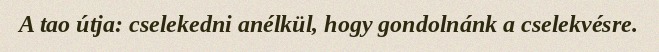
A tao útja: cselekedni anélkül, hogy gondolnánk a cselekvésre.